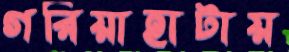
গরিয়াহাটায়